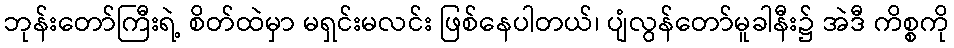
ဘုန်းတော်ကြီးရဲ့ စိတ်ထဲမှာ မရှင်းမလင်း ဖြစ်နေပါတယ်၊ ပျံလွန်တော်မူခါနီး၌ အဲဒီ ကိစ္စကို